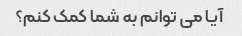
آیا می توانم به شما کمک کنم؟